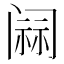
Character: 𰿷